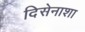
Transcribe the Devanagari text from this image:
दिसेनाशा